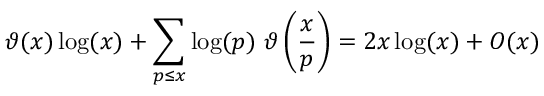
\vartheta ( x ) \log ( x ) + \sum _ { p \leq x } { \log ( p ) } \ \vartheta \left( { \frac { x } { p } } \right) = 2 x \log ( x ) + O ( x )